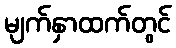
မျက်နှာထက်တွင်